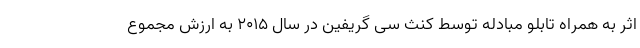
اثر به همراه تابلو مبادله توسط کنث سی گریفین در سال ۲۰۱۵ به ارزش مجموع